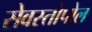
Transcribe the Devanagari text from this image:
सेवस्तोपोल